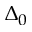
\Delta _ { 0 }